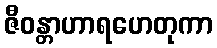
ဇီဝန္တာဟာရဟေတုကာ